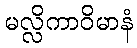
မလ္လိကာဝိမာနံ